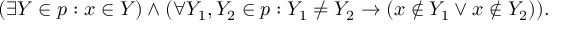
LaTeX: ( \exists Y \in p : x \in Y ) \land ( \forall Y _ { 1 } , Y _ { 2 } \in p : Y _ { 1 } \neq Y _ { 2 } \rightarrow ( x \notin Y _ { 1 } \lor x \notin Y _ { 2 } ) ) .